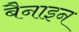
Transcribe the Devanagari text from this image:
बैनाइन